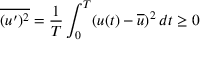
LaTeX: { \overline { { ( u ^ { \prime } ) ^ { 2 } } } } = { \frac { 1 } { T } } \int _ { 0 } ^ { T } ( u ( t ) - { \overline { { u } } } ) ^ { 2 } \, d t \geq 0